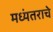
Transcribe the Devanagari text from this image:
मध्यंतराचे